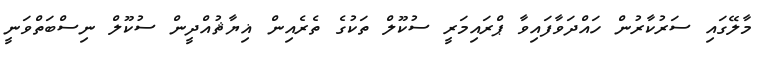
މާލޭގައި ސަރުކާރުން ހައްދަވާފައިވާ ޕްރައިމަރީ ސުކޫލް ތަކުގެ ތެރެއިން ޣިޔާޘުއްދީން ސުކޫލް ނިސްބަތްވަނީ